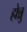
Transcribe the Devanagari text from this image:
होन्नु